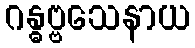
ဂန္ဓဗ္ဗသေနာယ